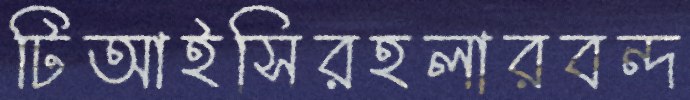
টিআইসিরহলারবন্দ